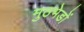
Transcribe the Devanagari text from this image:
मुठभेडों